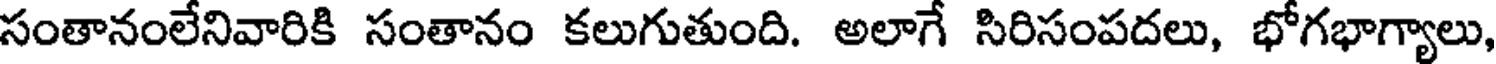
సంతానంలేనివారికి సంతానం కలుగుతుంది. అలాగే సిరిసంపదలు, భోగభాగ్యాలు,